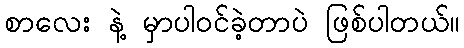
စာလေး နဲ့ မှာပါဝင်ခဲ့တာပဲ ဖြစ်ပါတယ်။